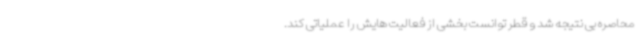
محاصره بی نتیجه شد و قطر توانست بخشی از فعالیت هایش را عملیاتی کند.